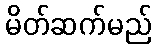
မိတ်ဆက်မည်